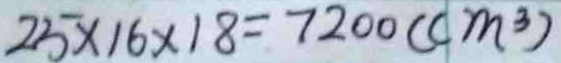
2 5 \times 1 6 \times 1 8 = 7 2 0 0 ( c m ^ { 3 } )